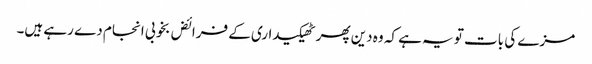
مزے کی بات تو یہ ہے کہ وہ دین پھر ٹھیکیداری کے فرائض بخوبی انجام دے رہے ہیں۔